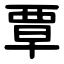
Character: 覃